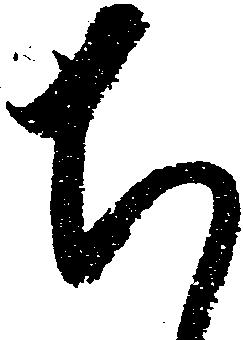
ち